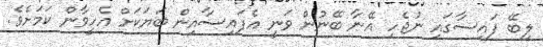
ލިބޭ ފައިސާގައި ނުޖެހި އޭނާ ބޭނުން ވަނީ އެފައިސާއިން ބަޔަކަށް އެހީވާން ކަމަށެވެ.